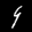
Label: 9